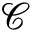
\mathcal { C }